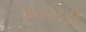
ગડબડી